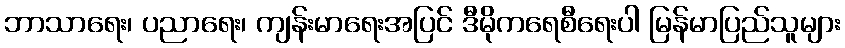
ဘာသာရေး၊ ပညာရေး၊ ကျန်းမာရေးအပြင် ဒီမိုကရေစီရေးပါ မြန်မာပြည်သူများ